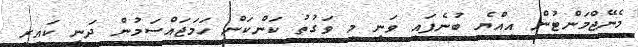
މެނޭޖްމަންޓުން އިއްޔެ ބުނެފައި ވަނީ މި ވަގުތު ކަންކަން ހަމަޖައްސަމުން ދަނީ ކައިރި